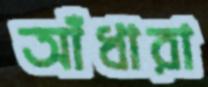
আঁধারা